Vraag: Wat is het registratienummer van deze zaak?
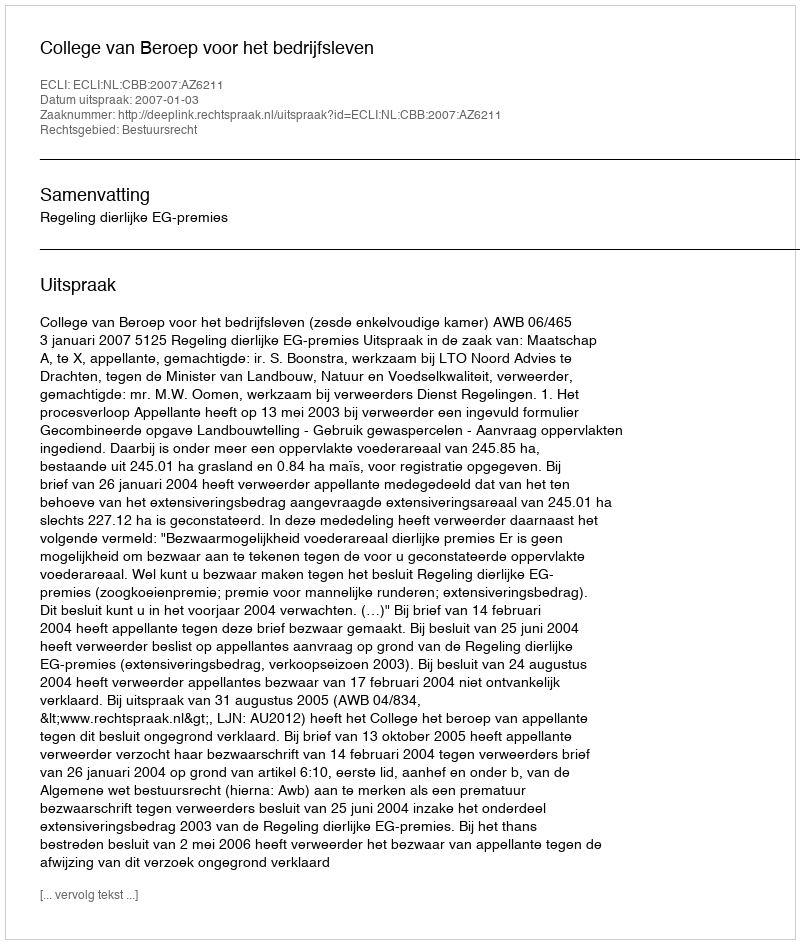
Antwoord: http://deeplink.rechtspraak.nl/uitspraak?id=ECLI:NL:CBB:2007:AZ6211